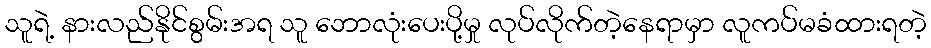
သူရဲ့ နားလည်နိုင်စွမ်းအရ သူ ဘောလုံးပေးပို့မှု လုပ်လိုက်တဲ့နေရာမှာ လူကပ်မခံထားရတဲ့